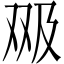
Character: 𱑶